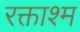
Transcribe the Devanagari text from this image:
रक्ताश्म